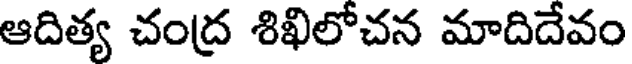
ఆదిత్య చంద్ర శిఖిలోచన మాదిదేవం